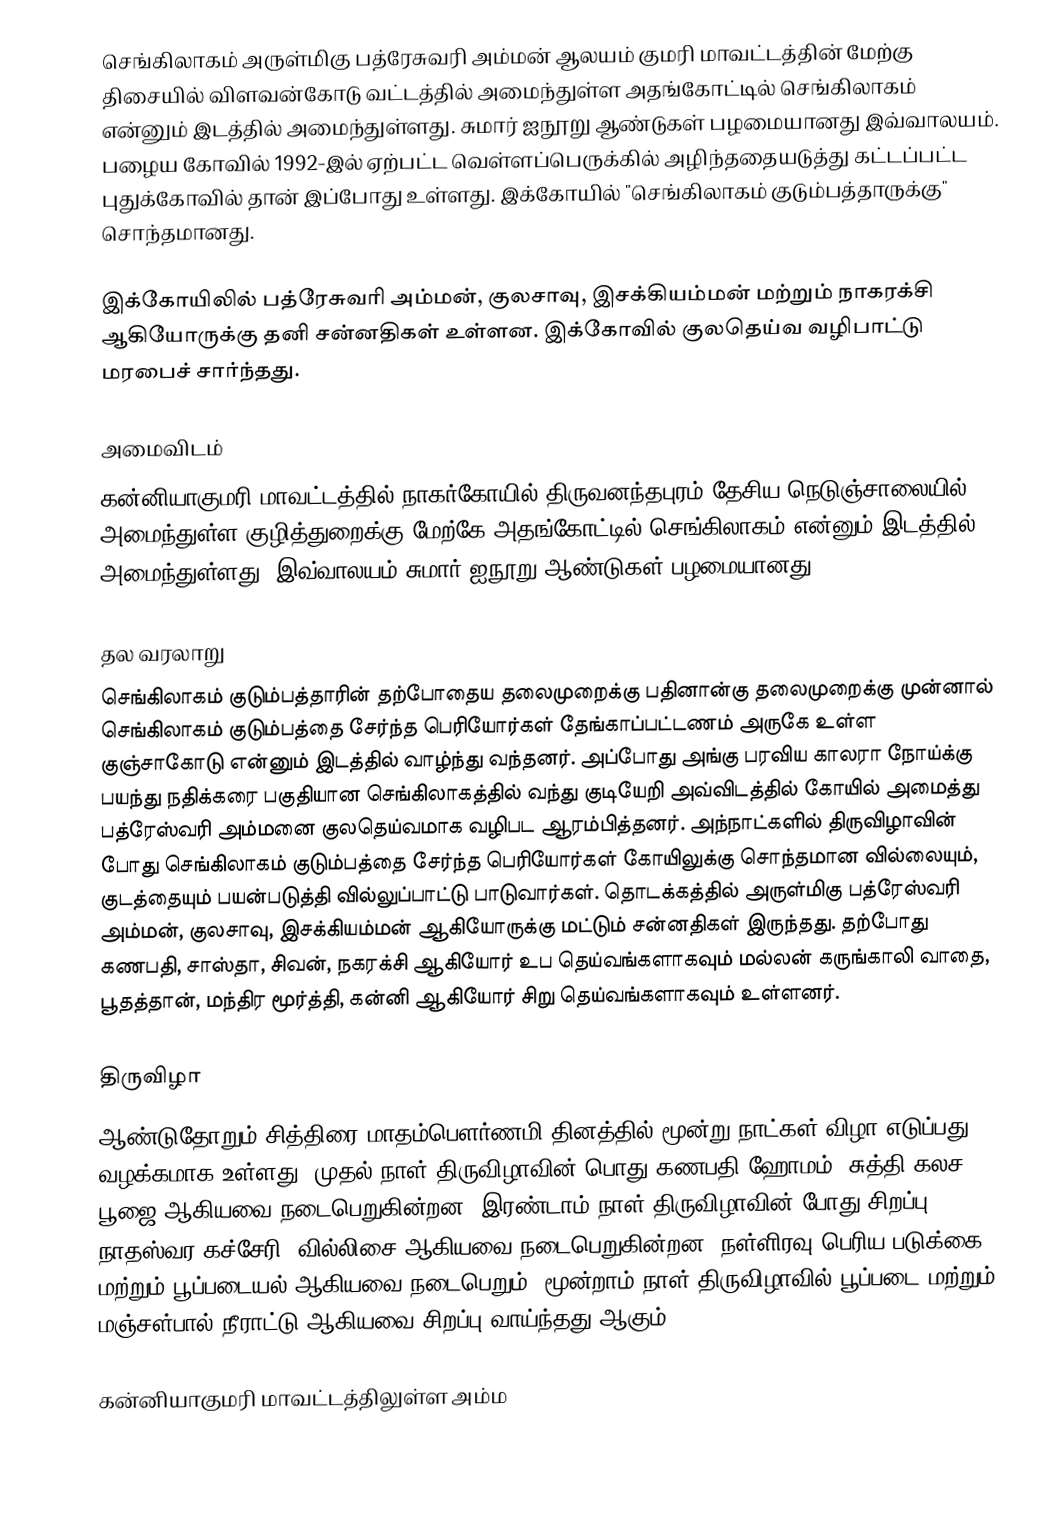
செங்கிலாகம் அருள்மிகு பத்ரேசுவரி அம்மன் ஆலயம் குமரி மாவட்டத்தின் மேற்கு திசையில் விளவன்கோடு வட்டத்தில் அமைந்துள்ள அதங்கோட்டில் செங்கிலாகம் என்னும் இடத்தில் அமைந்துள்ளது. சுமார் ஐநூறு ஆண்டுகள் பழமையானது இவ்வாலயம். பழைய கோவில் 1992-இல் ஏற்பட்ட வெள்ளப்பெருக்கில் அழிந்ததையடுத்து கட்டப்பட்ட புதுக்கோவில் தான் இப்போது உள்ளது. இக்கோயில்  "செங்கிலாகம் குடும்பத்தாருக்கு" சொந்தமானது.

இக்கோயிலில் பத்ரேசுவரி அம்மன், குலசாவு, இசக்கியம்மன் மற்றும் நாகரக்சி ஆகியோருக்கு தனி சன்னதிகள் உள்ளன. இக்கோவில் குலதெய்வ வழிபாட்டு மரபைச் சார்ந்தது.

அமைவிடம்
கன்னியாகுமரி மாவட்டத்தில் நாகர்கோயில்-திருவனந்தபுரம் தேசிய நெடுஞ்சாலையில் அமைந்துள்ள குழித்துறைக்கு மேற்கே அதங்கோட்டில் செங்கிலாகம் என்னும் இடத்தில் அமைந்துள்ளது. இவ்வாலயம் சுமார் ஐநூறு ஆண்டுகள் பழமையானது.

தல வரலாறு
செங்கிலாகம் குடும்பத்தாரின் தற்போதைய தலைமுறைக்கு பதினான்கு தலைமுறைக்கு முன்னால் செங்கிலாகம் குடும்பத்தை சேர்ந்த பெரியோர்கள் தேங்காப்பட்டணம் அருகே உள்ள குஞ்சாகோடு என்னும் இடத்தில் வாழ்ந்து வந்தனர். அப்போது அங்கு பரவிய காலரா நோய்க்கு பயந்து நதிக்கரை பகுதியான செங்கிலாகத்தில் வந்து குடியேறி அவ்விடத்தில் கோயில் அமைத்து பத்ரேஸ்வரி அம்மனை குலதெய்வமாக வழிபட ஆரம்பித்தனர். அந்நாட்களில் திருவிழாவின் போது செங்கிலாகம் குடும்பத்தை சேர்ந்த பெரியோர்கள் கோயிலுக்கு சொந்தமான வில்லையும், குடத்தையும் பயன்படுத்தி வில்லுப்பாட்டு பாடுவார்கள். தொடக்கத்தில் அருள்மிகு பத்ரேஸ்வரி அம்மன், குலசாவு, இசக்கியம்மன் ஆகியோருக்கு மட்டும் சன்னதிகள் இருந்தது. தற்போது கணபதி, சாஸ்தா, சிவன், நகரக்சி ஆகியோர் உப தெய்வங்களாகவும் மல்லன் கருங்காலி வாதை, பூதத்தான், மந்திர மூர்த்தி, கன்னி ஆகியோர் சிறு தெய்வங்களாகவும் உள்ளனர்.

திருவிழா
ஆண்டுதோறும் சித்திரை மாதம்பௌர்ணமி தினத்தில் மூன்று நாட்கள் விழா எடுப்பது வழக்கமாக உள்ளது. முதல் நாள் திருவிழாவின் பொது கணபதி ஹோமம், சுத்தி கலச பூஜை ஆகியவை நடைபெறுகின்றன. இரண்டாம் நாள் திருவிழாவின் போது சிறப்பு நாதஸ்வர கச்சேரி, வில்லிசை ஆகியவை நடைபெறுகின்றன. நள்ளிரவு பெரிய படுக்கை மற்றும் பூப்படையல் ஆகியவை நடைபெறும். மூன்றாம் நாள் திருவிழாவில் பூப்படை மற்றும் மஞ்சள்பால் நீராட்டு ஆகியவை சிறப்பு வாய்ந்தது ஆகும்.

கன்னியாகுமரி மாவட்டத்திலுள்ள அம்ம